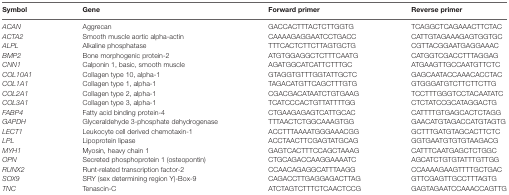
| Symbol | Gene | Forward primer | Reverse primer |
 | --- | --- | --- | --- |
 | ACAN | Aggrecan | GACCACTTTACTCTTGGTG | TCAGGCTCAGAAACTTCTAC |
 | ACTA2 | Smooth muscle aortic alpha-actin | CAAAAGAGGAATCCTGACC | CATTGTAGAAAGAGTGGTGC |
 | ALPL | Alkaline phosphatase | TTTCACTCTTCTTAGTGCTG | CGTTACGGAATGAGGAAAC |
 | BMP2 | Bone morphogenic protein-2 | ATGTGGAGGCTCTTTCAATG | CATGGTCGACCTTTAGGAG |
 | CNN1 | Calponin 1, basic, smooth muscle | AGATGGCATCATTCTTTGC | ATGAAGTTGCCAATGTTCTC |
 | COL10A1 | Collagen type 10, alpha-1 | GTAGGTGTTTGGTATTGCTC | GAGCAATACCAAACACCTAC |
 | COL1A1 | Collagen type 1, alpha-1 | TAGACATGTTCAGCTTTGTG | GTGGGATGTCTTCTTCTTG |
 | COL2A1 | Collagen type 2, alpha-1 | CGACGACATAATCTGTGAAG | TCCTTTGGGTCCTACAATATC |
 | COL3A1 | Collagen type 3, alpha-1 | TCATCCCACTGTTATTTTGG | CTCTATCCGCATAGGACTG |
 | FABP4 | Fatty acid binding protein-4 | CTGAAGAGAGTCATTGCAC | CATTTTGTGAGCACTCTAGG |
 | GAPDH | Glyceraldehyde 3-phosphate dehydrogenase | TTTAACTCTGGCAAAGTGG | GAACATGTAGACCATGTAGTG |
 | LECT1 | Leukocyte cell derived chemotaxin-1 | ACCTTTAAAATGGGAAACGG | GCTTTGATGTAGCACTTCTC |
 | LPL | Lipoprotein lipase | ACCTAACTTCGAGTATGCAG | GGTGAATGTGTGTAAGACG |
 | MYH1 | Myosin, heavy chain 1 | GAGTCACTTTCCAGCTAAAG | CATTTCAATGAGCTCTGGC |
 | OPN | Secreted phosphoprotein 1 (osteopontin) | CTGCAGACCAAGGAAAATC | AGCATCTGTGTATTTGTTGG |
 | RUNX2 | Runt-related transcription factor-2 | CCAACAGAGGCATTTAAGG | CCAAAAGAAGTTTTGCTGAC |
 | SOX9 | SRY (sex determining region Y)-Box-9 | CAGACCTTGAGGAGACTTAG | GTTCGAGTTGCCTTTAGTG |
 | TNC | Tenascin-C | ATCTAGTCTTTCTCAACTCCG | GAGTAGAATCCAAACCAGTTG |